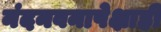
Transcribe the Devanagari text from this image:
नंदनवनापेक्षाही